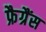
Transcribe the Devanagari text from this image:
फ्रैग्रैंस